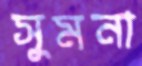
সুমনা